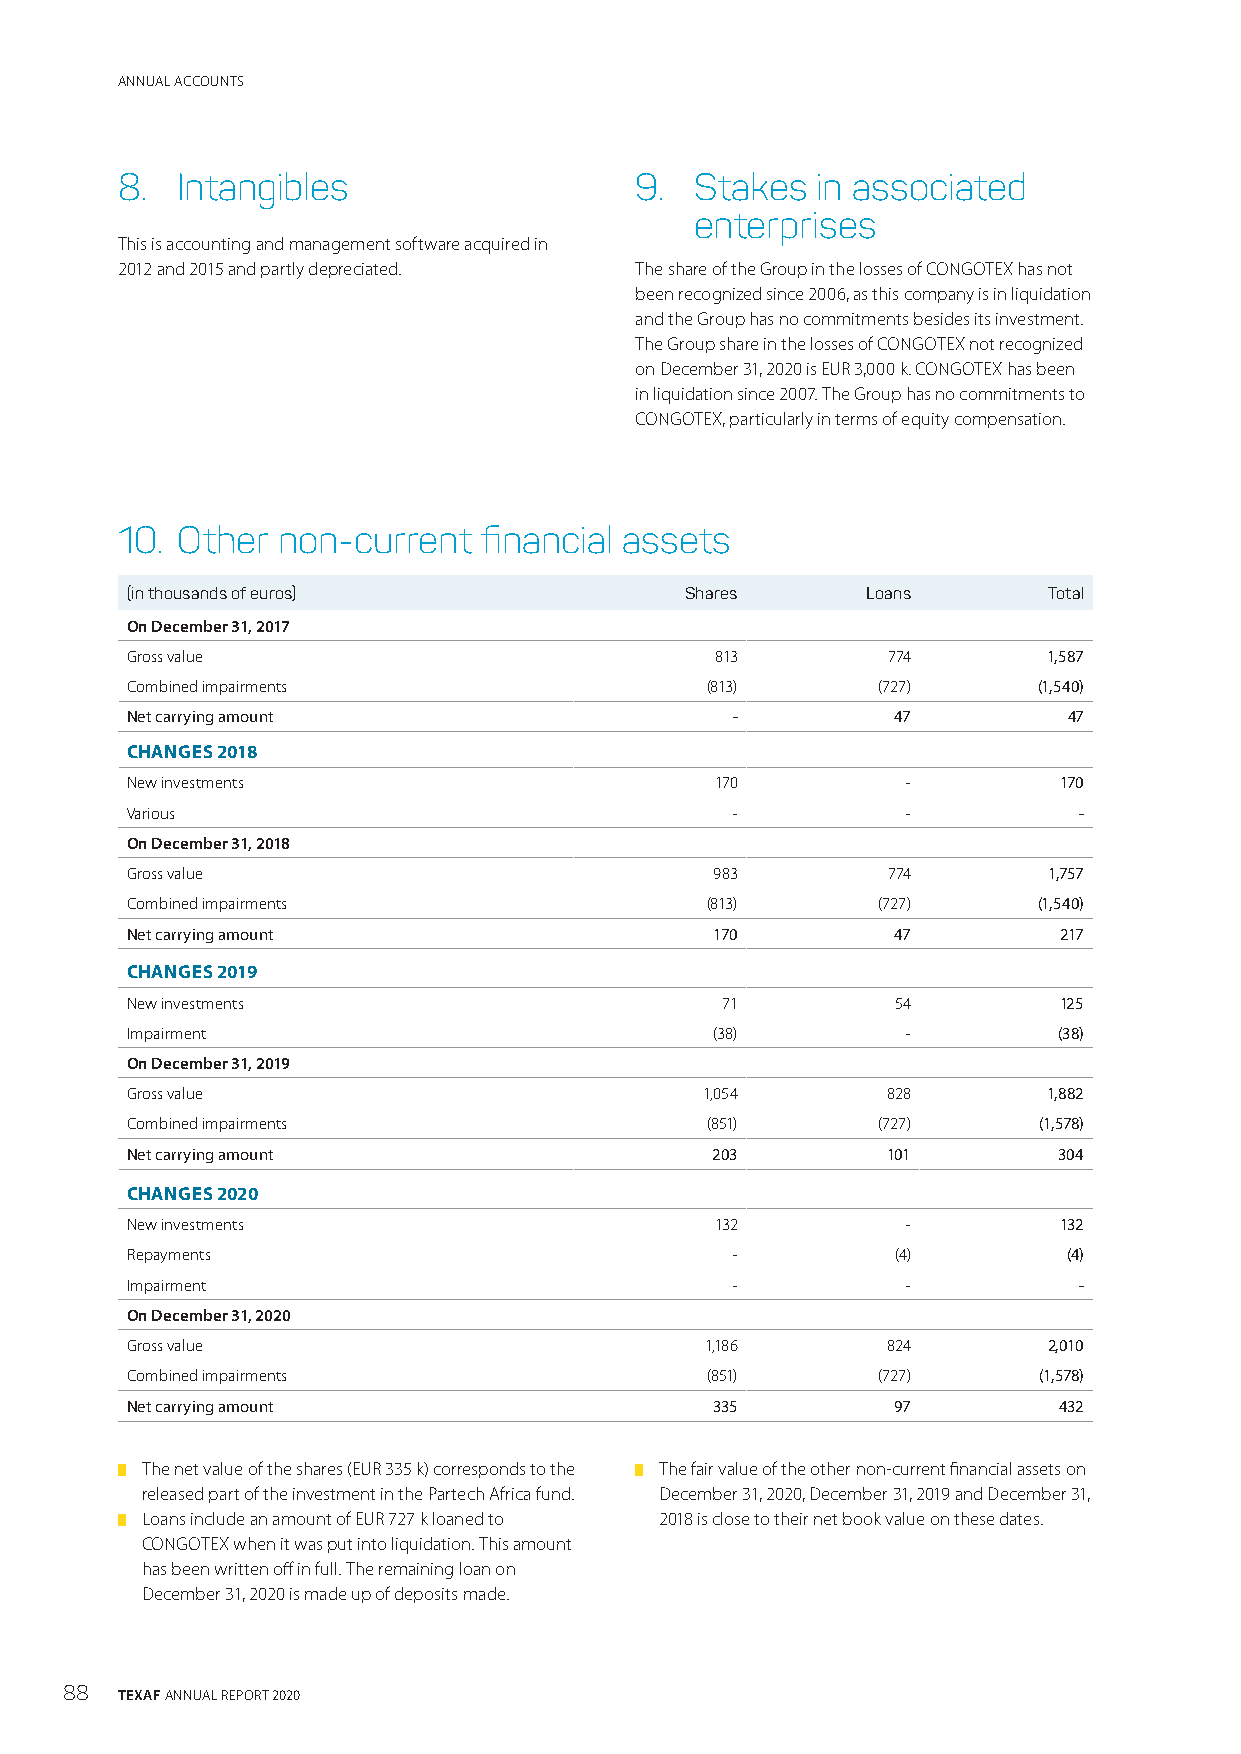
ANNUAL ACCOUNTS
 8.  Intangibles                   9.  Stakes  in associated
 enterprises
 This is accounting and management software acquired in
 2012 and 2015 and partly depreciated. The share of the Group in the losses of CONGOTEX has not
 been recognized since 2006, as this company is in liquidation
 and the Group has no commitments besides its investment.
 The Group share in the losses of CONGOTEX not recognized
 on December 31, 2020 is EUR 3,000 k. CONGOTEX has been
 in liquidation since 2007. The Group has no commitments to
 CONGOTEX, particularly in terms of equity compensation.
 10. Other non-current   financial assets
 (in thousands of euros)              Shares      Loans       Total
 On December 31, 2017
 Gross value                            813         774       1,587
 Combined impairments                   (813)      (727)      (1,540)
 Net carrying amount                     -          47          47
 CHANGES 2018
 New investments                        170          -         170
 Various                                 -           -          -
 On December 31, 2018
 Gross value                            983         774       1,757
 Combined impairments                   (813)      (727)      (1,540)
 Net carrying amount                    170         47         217
 CHANGES 2019
 New investments                         71         54         125
 Impairment                             (38)         -         (38)
 On December 31, 2019
 Gross value                            1,054       828       1,882
 Combined impairments                   (851)      (727)      (1,578)
 Net carrying amount                    203         101        304
 CHANGES 2020
 New investments                        132          -         132
 Repayments                              -          (4)         (4)
 Impairment                              -           -          -
 On December 31, 2020
 Gross value                            1,186       824       2,010
 Combined impairments                   (851)      (727)      (1,578)
 Net carrying amount                    335         97         432
 █ The net value of the shares (EUR 335 k) corresponds to the █ The fair value of the other non-current financial assets on
 released part of the investment in the Partech Africa fund. December 31, 2020, December 31, 2019 and December 31,
 █ Loans include an amount of EUR 727 k loaned to 2018 is close to their net book value on these dates.
 CONGOTEX when it was put into liquidation. This amount
 has been written off in full. The remaining loan on
 December 31, 2020 is made up of deposits made.
 88  TEXAF ANNUAL REPORT 2020